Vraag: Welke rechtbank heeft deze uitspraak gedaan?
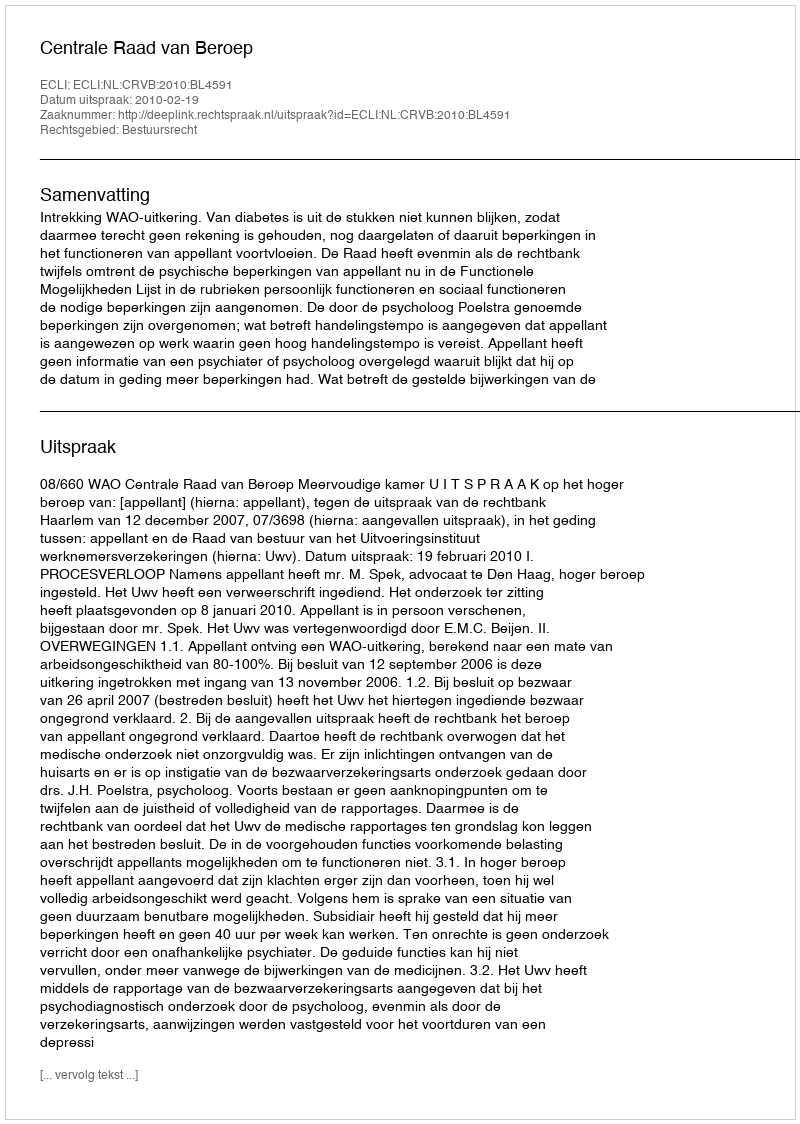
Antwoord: Centrale Raad van Beroep